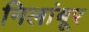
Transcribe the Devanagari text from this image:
निलांबूर